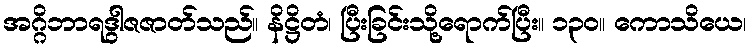
အဂ္ဂိဘာရဒွါဇဇာတ်သည်။ နိဋ္ဌိတံ၊ ပြီးခြင်းသို့ရောက်ပြီး။ ၁၃၀။ ကောသိယေ၊